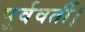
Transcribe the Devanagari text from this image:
पूर्ववर्ती।